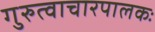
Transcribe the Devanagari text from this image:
गुरुत्वाचारपालकः